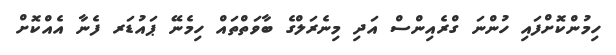
ހިމުންކޮަށްފައި ހުންނަ ގްރެއިންސް އަދި މިނެރަލްގެ ބާވަތްތައް ހިމެނޭ ޕައުޑަރ ފެނާ އެއްކޮށް